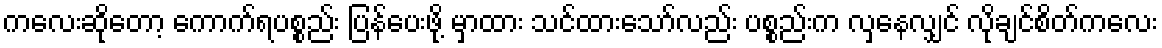
ကလေးဆိုတော့ ကောက်ရပစ္စည်း ပြန်ပေးဖို့ မှာထား သင်ထားသော်လည်း ပစ္စည်းက လှနေလျှင် လိုချင်စိတ်ကလေး